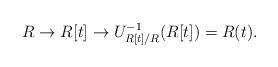
LaTeX: \begin{align*}R \to R[t] \to U_{R[t]/R}^{-1}(R[t]) = R(t). \end{align*}